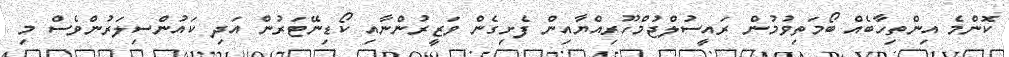
ކޮންމެ އިންތިހާބެއް ބޯމަތިވުމުން ރައީސުލްޖުމްހޫރިއްޔާއިން ފެށިގެން ވަޒީރުންނާއި ކޯޑިނޭޓަރުން އަދި ކައުންސިލަރުންވެސް މި